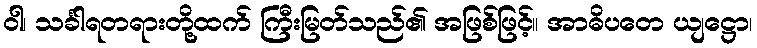
ဝါ၊ သင်္ခါရတရားတို့ထက် ကြီးမြတ်သည်၏ အဖြစ်ဖြင့်။ အာဓိပတေ ယျဋ္ဌော၊